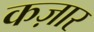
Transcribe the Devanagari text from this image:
कज़ार